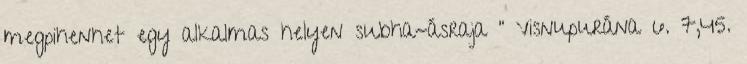
megpihenhet egy alkalmas helyen subha-ásraja " Visnupurána 6. 7,45.